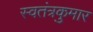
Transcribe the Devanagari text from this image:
स्वतंत्रकुमार